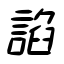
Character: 諂